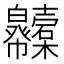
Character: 𢆇